Assam Mental Hospital (Tezpur, India) - 1933-1948
Year: 1933
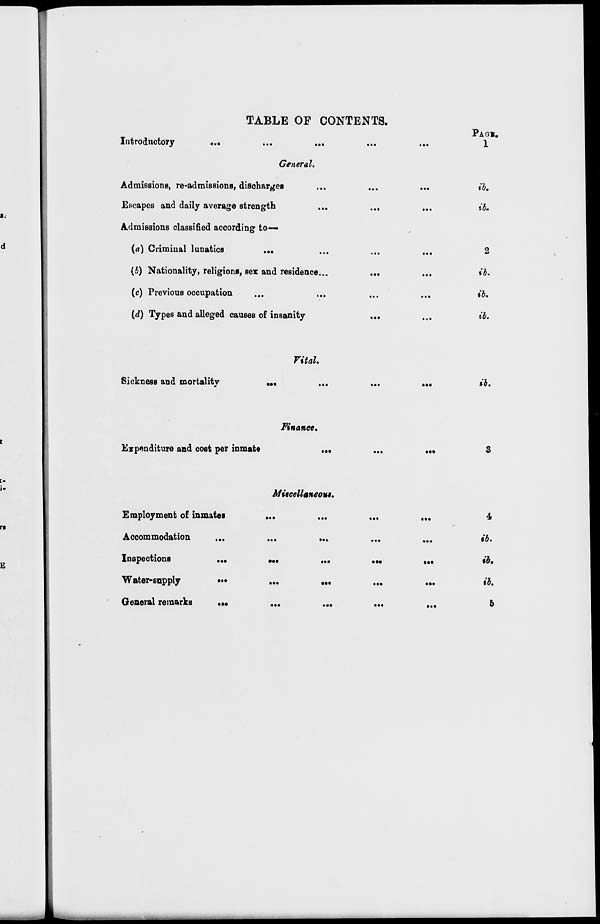
TABLE OF CONTENTS.
Introductory
...
...
...
...
...
General.
Admissions, re-admissions, discharges
...
...
...
Escapes and daily average strength
...
... ...
Admissions classified according to—
(a) Criminal lunatics ... ... ... ...
(b) Nationality, religions, sex and residence...
... ... ...
(c) Previous occupation ... ... ... ...
(d) Types and alleged causes of insanity ... ... ... ...
Vital.
Sickness and mortality
...
...
...
...
Finance.
Expenditure and cost per inmate
...
...
...
Miscellaneous.
Employment of inmates
...
...
...
...
Accommodation
...
...
...
...
...
Inspections
...
...
...
...
...
Water-supply
...
...
...
...
...
General remarks
...
...
...
...
...
PAGE.
1
ib.
ib.
2
ib.
ib.
ib.
ib.
3
4
ib.
ib.
ib.
5